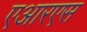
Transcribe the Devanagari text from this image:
एआरएस